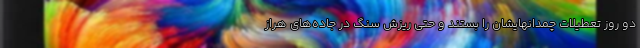
دو روز تعطیلات چمدانهایشان را بستند و حتی ریزش سنگ در جاده‌های هراز